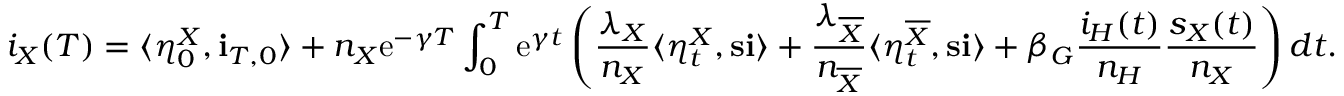
i _ { X } ( T ) = \langle \eta _ { 0 } ^ { X } , \mathbf { i } _ { T , 0 } \rangle + n _ { X } \mathrm { e } ^ { - \gamma T } \int _ { 0 } ^ { T } \mathrm { e } ^ { \gamma t } \left( \frac { \lambda _ { X } } { n _ { X } } \langle \eta _ { t } ^ { X } , \mathbf { s } \mathbf { i } \rangle + \frac { \lambda _ { \overline { { X } } } } { n _ { \overline { { X } } } } \langle \eta _ { t } ^ { \overline { { X } } } , \mathbf { s } \mathbf { i } \rangle + \beta _ { G } \frac { i _ { H } ( t ) } { n _ { H } } \frac { s _ { X } ( t ) } { n _ { X } } \right) d t .